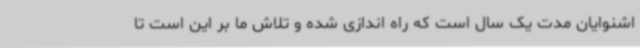
اشنوایان مدت یک سال است که راه اندازی شده و تلاش ما بر این است تا